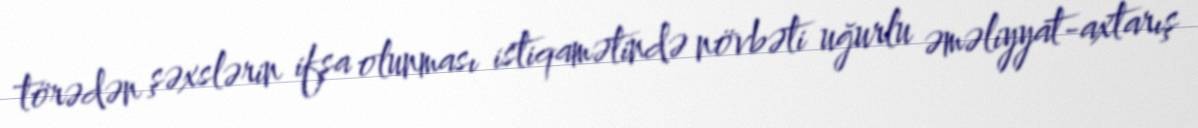
törədən şəxslərin ifşa olunması istiqamətində növbəti uğurlu əməliyyat-axtarış